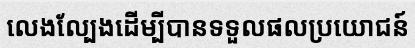
លេងល្បែងដើម្បីបានទទួលផលប្រយោជន៍